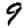
Digit: 9